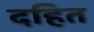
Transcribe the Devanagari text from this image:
दहित